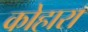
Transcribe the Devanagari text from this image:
कोहारा